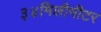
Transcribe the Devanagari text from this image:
३४मिलीमीटर